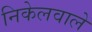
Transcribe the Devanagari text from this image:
निकेलवाले